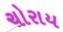
ચોરાય